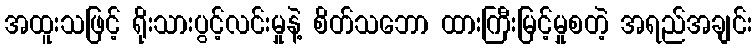
အထူးသဖြင့် ရိုးသားပွင့်လင်းမှုနဲ့ စိတ်သဘော ထားကြီးမြင့်မှုစတဲ့ အရည်အချင်း